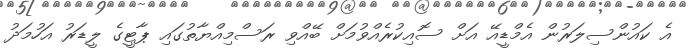
އެ ކައުންސިލަރުން އެމްޑީއޭ އަށް ސޮއިކުރެއްވުމަށް ބޭއްވި ރަސްމިއްޔާތުގައި ޕާޓީގެ ލީޑަރު އަހުމަދު